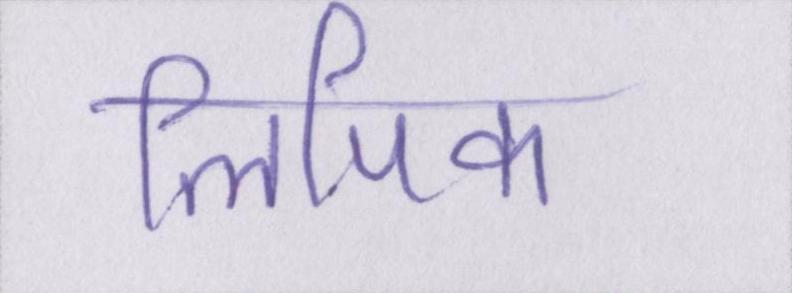
लिपिक